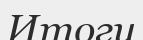
Итоги